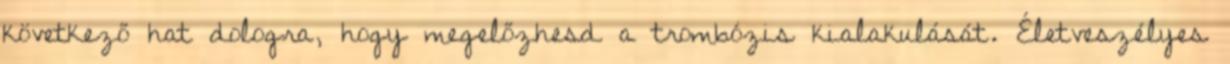
következő hat dologra, hogy megelőzhesd a trombózis kialakulását. Életveszélyes